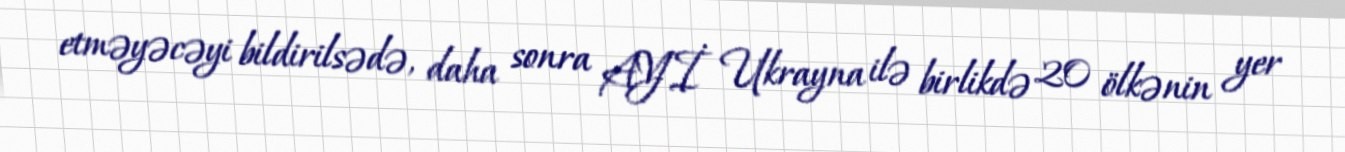
etməyəcəyi bildirilsədə, daha sonra AYİ Ukrayna ilə birlikdə 20 ölkənin yer